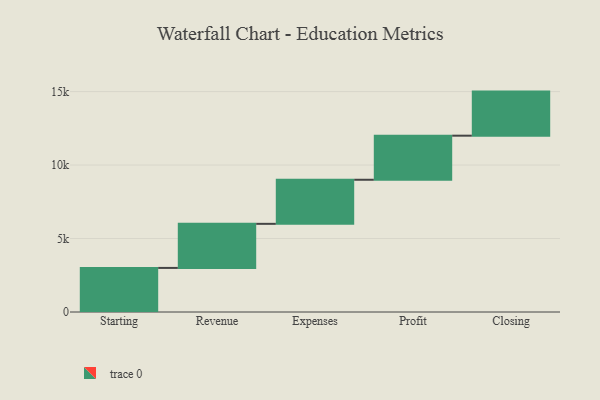
{"axis": {"x": "Step", "y": "Value"}, "legend": [""], "data": [{"x": "Starting", "y": 3000, "type": ""}, {"x": "Revenue", "y": 3000, "type": ""}, {"x": "Expenses", "y": 3000, "type": ""}, {"x": "Profit", "y": 3000, "type": ""}, {"x": "Closing", "y": 3000, "type": ""}]}